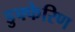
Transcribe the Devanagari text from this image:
डुफ्फेरिण